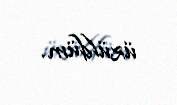
üzüldüm.